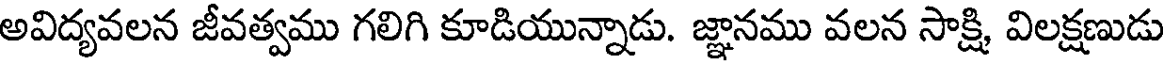
అవిద్యవలన జీవత్వము గలిగి కూడియున్నాడు. జ్ఞానము వలన సాక్షి విలక్షణుడు